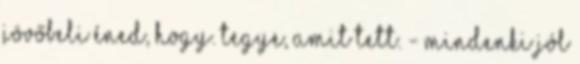
jövőbeli éned, hogy. tegye, amit tett. - Mindenki jól